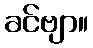
ခင်ဗျာ။